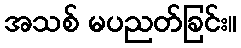
အသစ် မပညတ်ခြင်း။